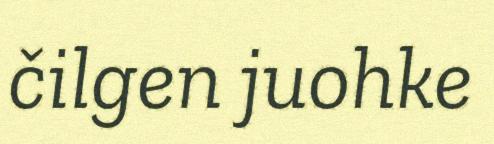
čilgen juohke